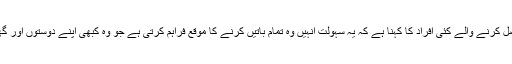
نیشیموٹو کی کمپنی سے خدمات حاصل کرنے والے کئی افراد کا کہنا ہے کہ یہ سہولت انہیں وہ تمام باتیں کرنے کا موقع فراہم کرتی ہے جو وہ کبھی اپنے دوستوں اور گھر والوں کے سامنے نہیں کر سکتے۔